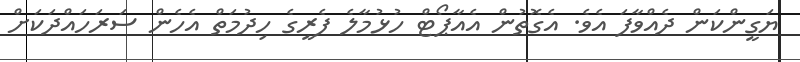
ޔަގީންކަން ދެއްވާފަ އެވެ. އެގޮތުން އެއާޕޯޓް ހުޅުމާލެ ފެރީގެ ހިދުމަތް އެހެން ސަރަހައްދަކަށް